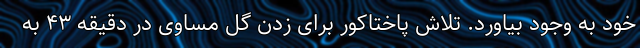
خود به وجود بیاورد. تلاش پاختاکور برای زدن گل مساوی در دقیقه ۴۳ به